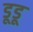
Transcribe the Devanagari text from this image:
डूडू